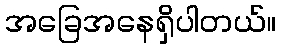
အခြေအနေရှိပါတယ်။